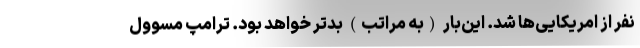
نفر از امریکایی‌ها شد. این‌بار (به مراتب) بدتر خواهد بود. ترامپ مسوول